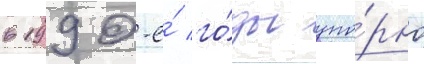
в 1990-е́ го́ды упо́рно